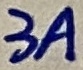
Text: 3A